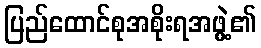
ပြည်ထောင်စုအစိုးရအဖွဲ့၏